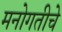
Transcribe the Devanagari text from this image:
मनोगतीचे